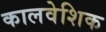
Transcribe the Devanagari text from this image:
कालवेशिक